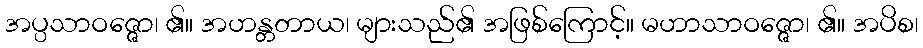
အပ္ပသာဝဇ္ဇော၊ ၏။ အဟန္တတာယ၊ များသည်၏ အဖြစ်ကြောင့်။ မဟာသာဝဇ္ဇော၊ ၏။ အပိစ၊